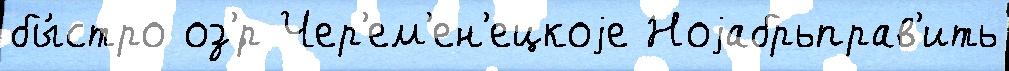
бы́стро оз'́р Чер'ем'ен'ецкоjе Ноjабрьправ'ить